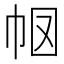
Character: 𭘗